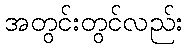
အတွင်းတွင်လည်း